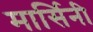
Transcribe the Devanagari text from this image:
मार्सिनी